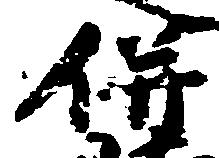
併